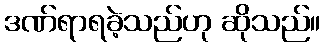
ဒဏ်ရာရခဲ့သည်ဟု ဆိုသည်။